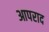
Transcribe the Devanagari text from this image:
आपराद